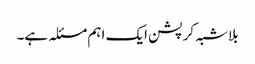
بلاشبہ کرپشن ایک اہم مسئلہ ہے۔